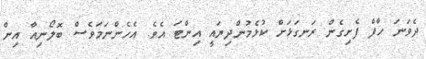
ދެވަނަ ހާފް ފެށިގެން ރަނގަޅަށް ކުޅެމުންދިޔައީ އިންޓަ އެވެ. އެހެންނަމަވެސް ބޮލޯނިއާ އިން